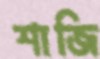
শাজি